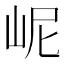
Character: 㞾